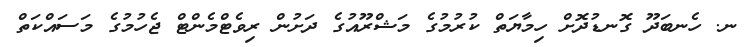
ނ. ހެނބަދޫ ގޮނޑުދޮށް ހިމާޔަތް ކުރުމުގެ މަޝްރޫއުގެ ދަށުން ރިވެޓްމެންޓް ޖެހުމުގެ މަސައްކަތް